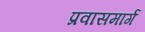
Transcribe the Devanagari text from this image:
प्रवासमार्ग